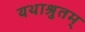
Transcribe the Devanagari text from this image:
यथाश्रुतम्